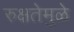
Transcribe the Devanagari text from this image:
रुक्षतेमुळे